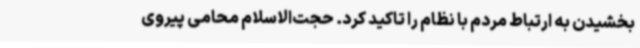
بخشیدن به ارتباط مردم با نظام را تاکید کرد. حجت‌الاسلام محامی پیروی